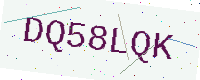
Text: DQ58LQK